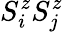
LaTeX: S_{i}^{z}S_{j}^{z}